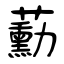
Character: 蘍